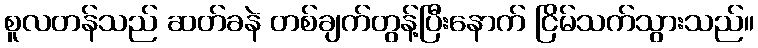
စူလတန်သည် ဆတ်ခနဲ တစ်ချက်တွန့်ပြီးနောက် ငြိမ်သက်သွားသည်။